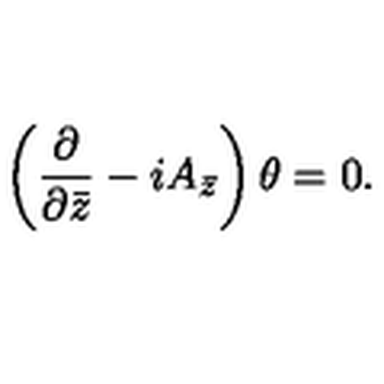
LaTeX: \left( \frac { \partial } { \partial \bar { z } } - i A _ { \bar { z } } \right) \theta = 0 .